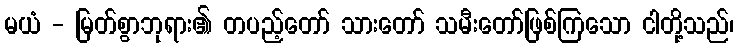
မယံ - မြတ်စွာဘုရား၏ တပည့်တော် သားတော် သမီးတော်ဖြစ်ကြသော ငါတို့သည်၊